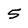
Character: 5